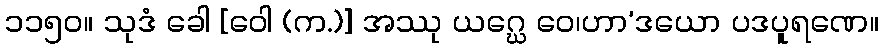
၁၁၅၀။ သုဒံ ခေါ [ဝေါ (က.)] အဿု ယဂ္ဃေ ဝေ၊ဟာ’ဒယော ပဒပူရဏေ။